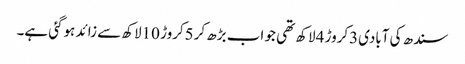
سندھ کی آبادی3کروڑ 4لاکھ تھی جو اب بڑھ کر5کروڑ 10لاکھ سے زائد ہوگئی ہے۔